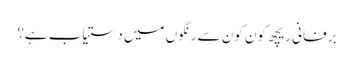
برفانی ریچھ کون کون سے رنگوں میں دستیاب ہے؟